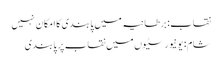
نقاب: برطانیہ میں پابندی کا امکان نہیں
شام: یونیورسٹیوں میں نقاب پر پابندی